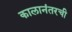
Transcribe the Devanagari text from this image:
कालानंतरची